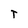
Character: t